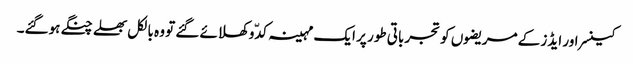
کینسر اور ایڈز کے مریضوں کو تجرباتی طور پر ایک مہینہ کدّو کھلائے گئے تو وہ بالکل بھلے چنگے ہوگئے۔